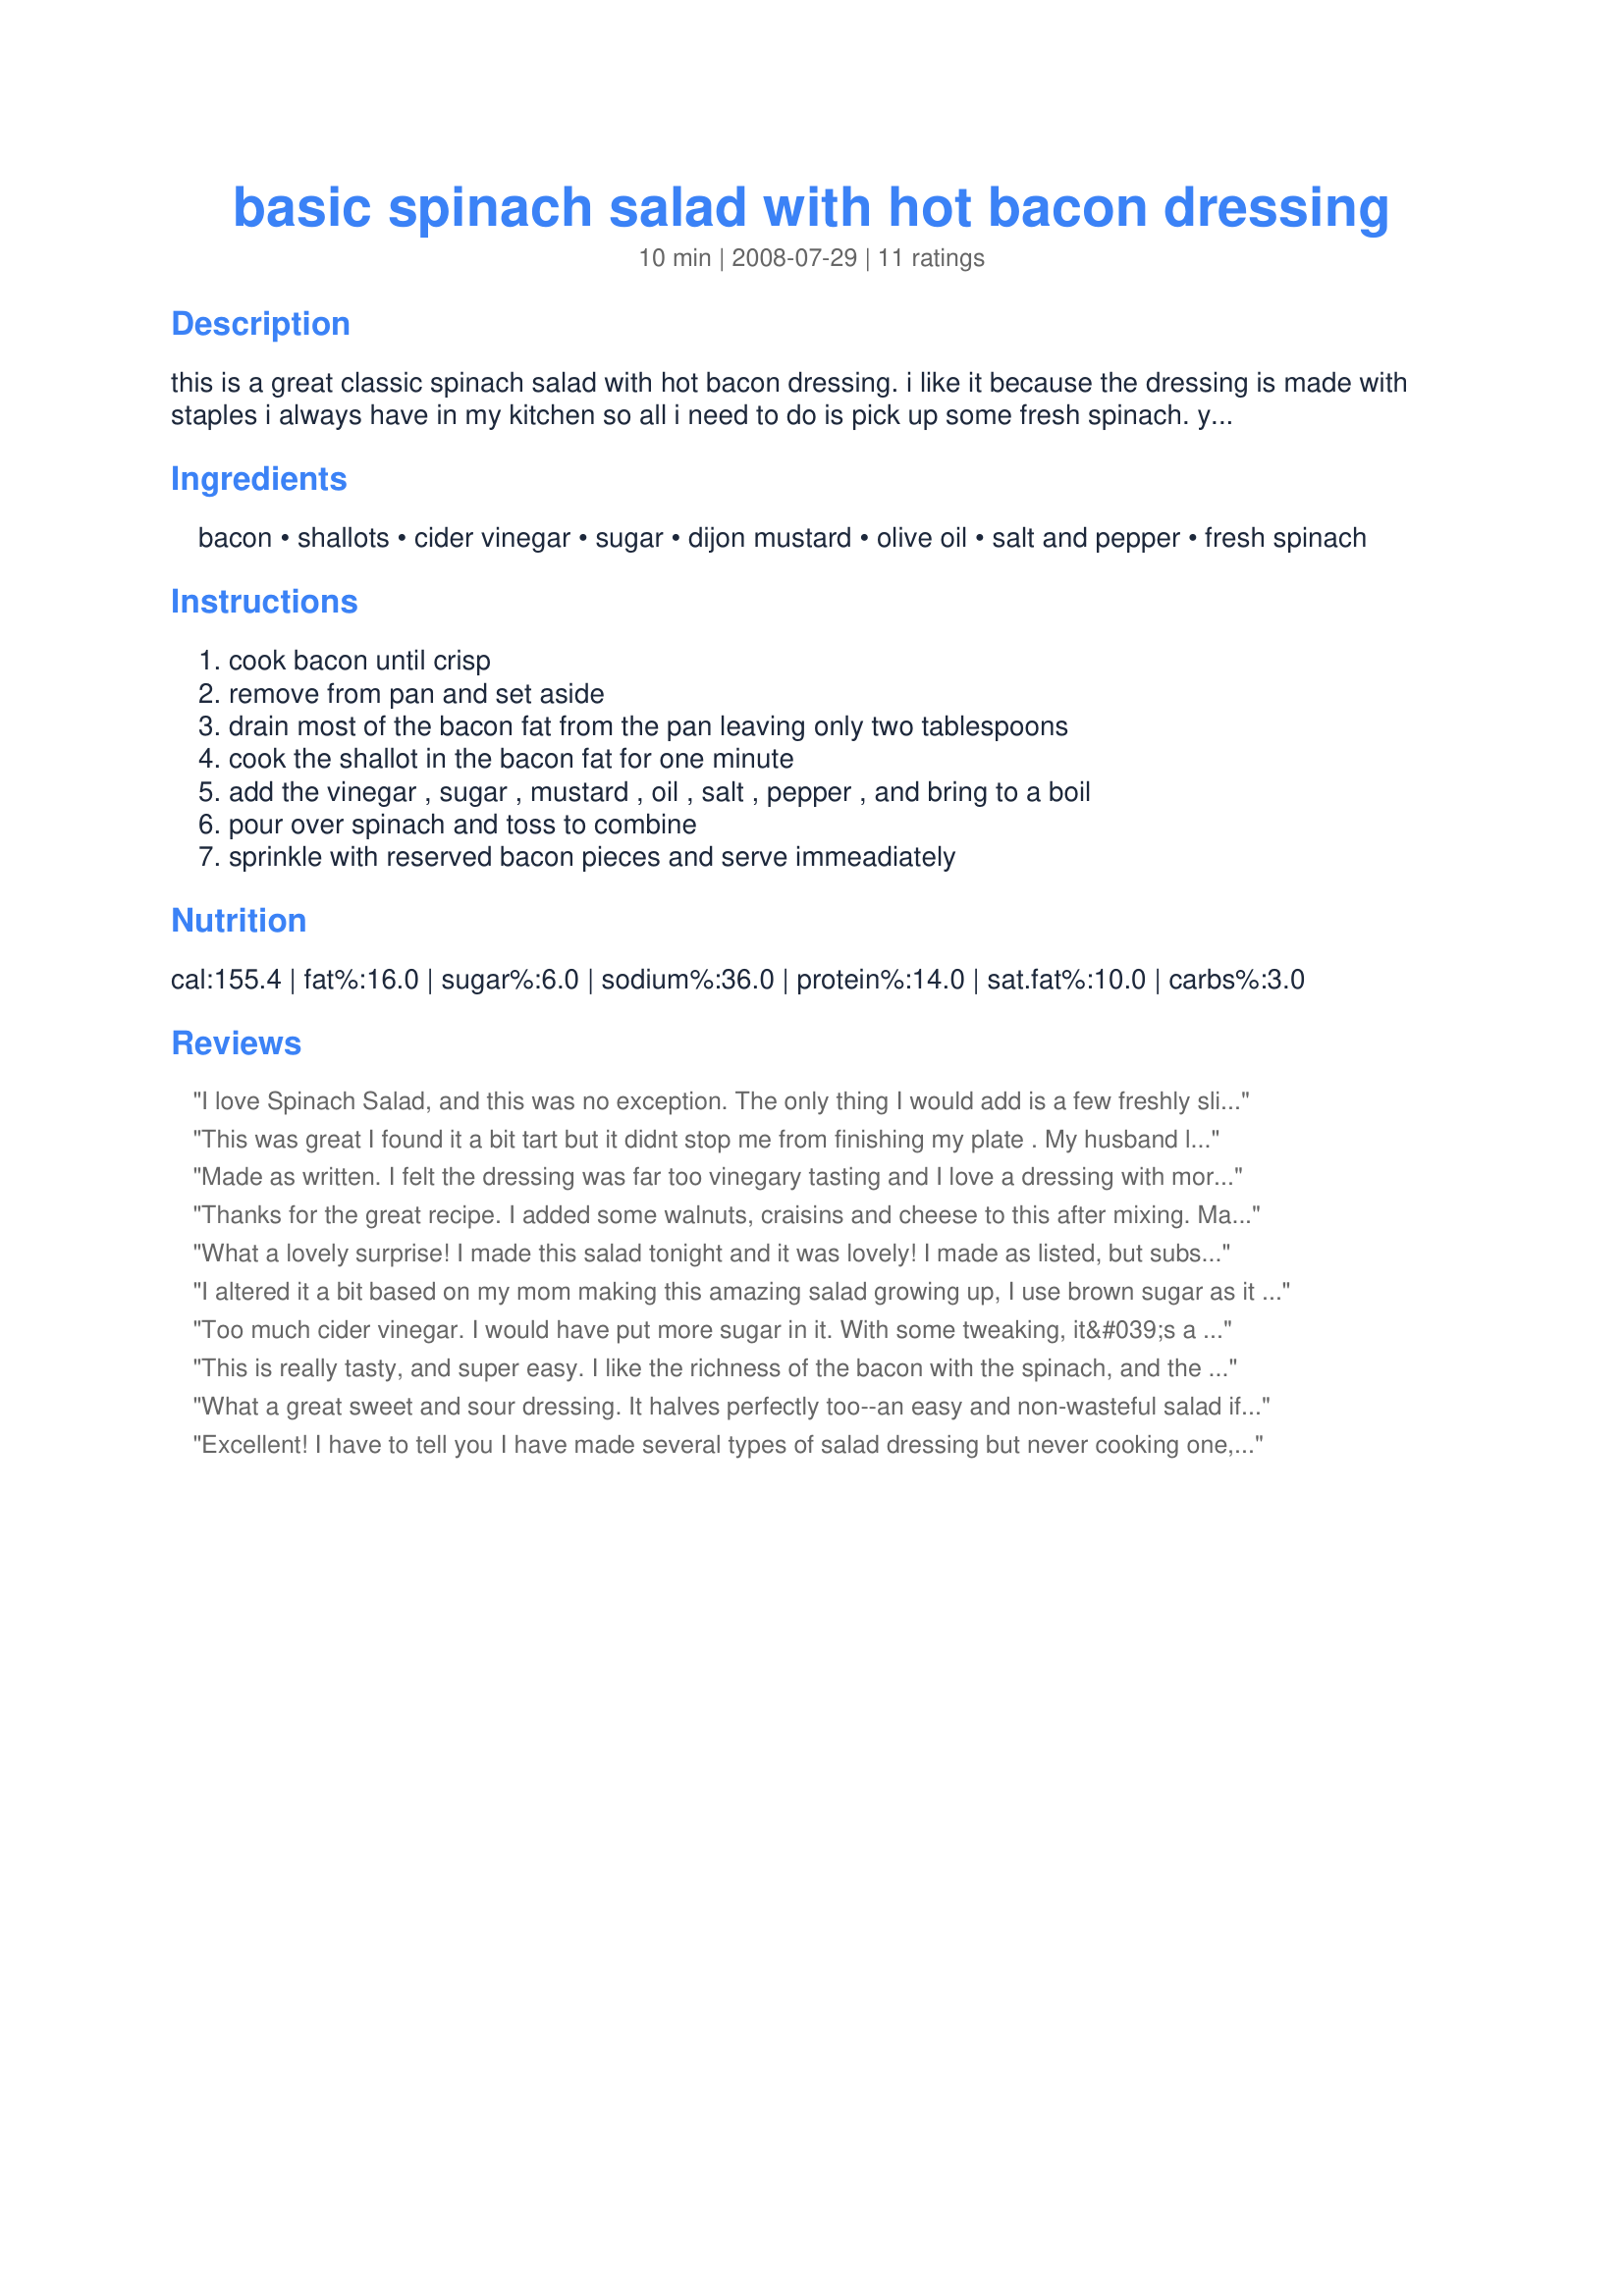
basic spinach salad with hot bacon dressing
Preparation time: 10 minutes

this is a great classic spinach salad with hot bacon dressing. i like it because the dressing is made with staples i always have in my kitchen so all i need to do is pick up some fresh spinach. you can add what you like to the salad: eggs, nuts, fruit, etc. this is from "gourmet magazine". if you've never attempted a spinach salad with hot bacon dressing this is an easy and impressive recipe that tastes yummy!

Ingredients:
bacon, shallots, cider vinegar, sugar, dijon mustard, olive oil, salt and pepper, fresh spinach

Steps:
cook bacon until crisp, remove from pan and set aside, drain most of the bacon fat from the pan leaving only two tablespoons, cook the shallot in the bacon fat for one minute, add the vinegar , sugar , mustard , oil , salt , pepper , and bring to a boil, pour over spinach and toss to combine, sprinkle with reserved bacon pieces and serve immeadiately

Reviews:
I love Spinach Salad, and this was no exception. The only thing I would add is a few freshly sliced mushrooms. Wonderful salad.
Made for ZWT5 Family Favorites.
This was great I found it a bit tart but it didnt stop me from finishing my plate . My husband liked it as he doent like sweet dressings. I added some walnuts to it. I will make this again . Made for Zwt6 for the Xtra hot dishes
Made as written. I felt the dressing was far too vinegary tasting and I love a dressing with more vinegar. I tried to add a bit more sugar but that didn't help. Next time I will add more oil and see if that helps.
Thanks for the great recipe. I added some walnuts, craisins and cheese to this after mixing. Made for I Recommend Tag Game.
What a lovely surprise! I made this salad tonight and it was lovely! I made as listed, but substituted Truvia for the sugar. I also added about one tablespoon more of olive oil to the dressing. If you allow the mixture to boil a little while, the mixture did thicken and lost some of the pungent cider vinegar smell. My DH was skeptical, but ended up having seconds and requesting it to be put on the menu. He even suggested that we make it for a dinner party for his parents! Will make again and look forward to trying variations as listed in some of the reviews! Thanks for sharing Slatts!
I altered it a bit based on my mom making this amazing salad growing up, I use brown sugar as it balances better with vinegar and of course made it more traditional by serving it with hard boiled eggs....delish!
Too much cider vinegar. I would have put more sugar in it. With some tweaking, it&#039;s a keeper.
This is really tasty, and super easy. I like the richness of the bacon with the spinach, and the little hint of sugar. I'm thinking it would be really easy to adapt this to match the flavors of many kinds of meals by changing up the vinegar, or adding various herbs and spices. Very, very nice. We did find that the vinegar is a bit strong if the dressing is very hot, and allowing it to cool for a few minutes before tossing it with the spinach made it much milder, which we liked.
What a great sweet and sour dressing. It halves perfectly too--an easy and non-wasteful salad if making just for one person. I love spinach to begin with; this is an excellent enhancement. Thanks, Slatts.
Excellent! I have to tell you I have made several types of salad dressing but never cooking one, always intimidated. This was easy and WOW my house smelled so good. I could have just eaten this salad dressing. As it was I had saved a bit for leftover salad but spread it on my sausage sandwich along with some spinach and bacon bits. DEVINE. I did add in eggs, toasted almonds, and sliced onion to the salad as you said it was versatile. LOVED it and will make often. As mersaydees said the timing is everything when tossing this sald before dinner. 5 star all the way! Made for ZWT5 Kitchen WItches.
Even my picky DH loves this salad! Made as directed, although I'm not sure I didn't turn off the burner with the dressing too soon before tossing it with the spinach. Timing is everything with this salad! Thanks, Slatts! Made for ZWT5, Kitchen Witches.
